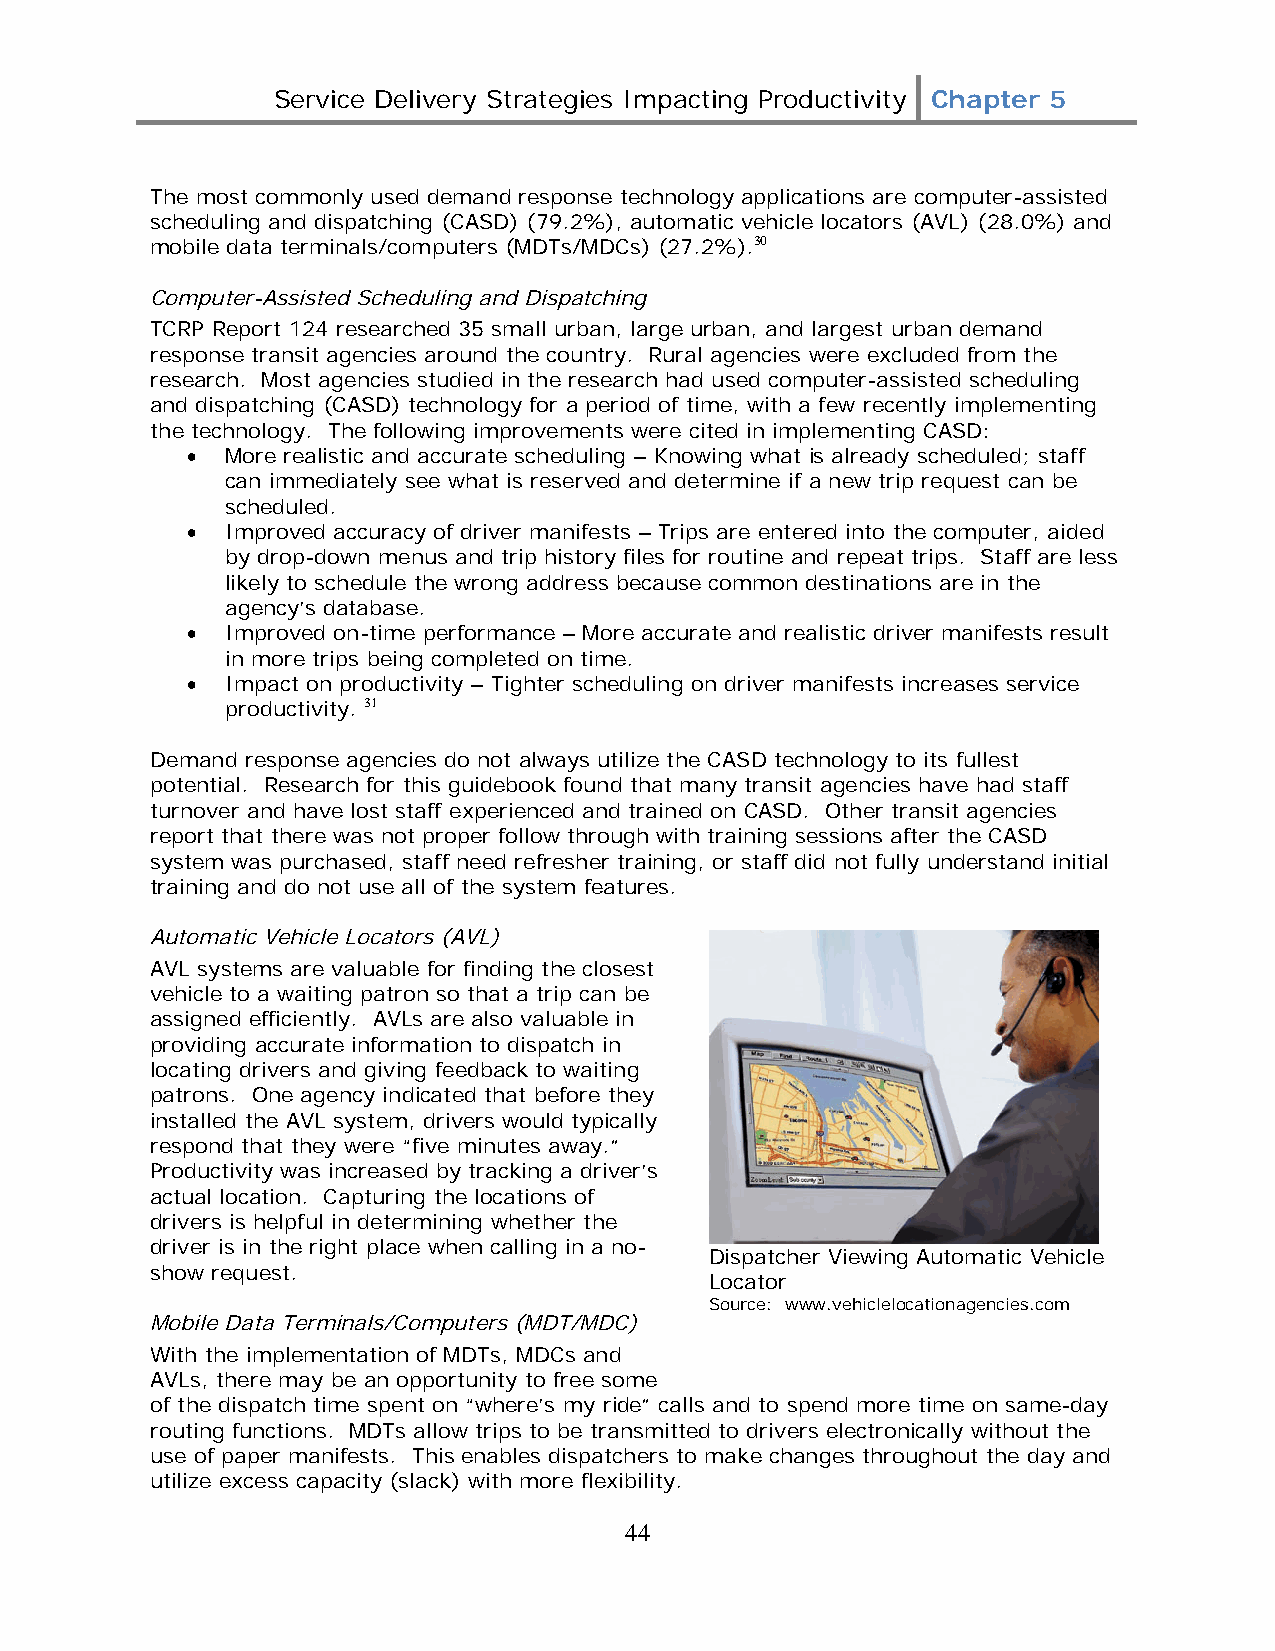
Service Delivery Strategies Impacting Productivity Chapter 5
 The most commonly used demand response technology applications are computer-assisted
 scheduling and dispatching (CASD) (79.2%), automatic vehicle locators (AVL) (28.0%) and
 mobile data terminals/computers (MDTs/MDCs) (27.2%).30
 Computer-Assisted Scheduling and Dispatching
 TCRP Report 124 researched 35 small urban, large urban, and largest urban demand
 response transit agencies around the country. Rural agencies were excluded from the
 research. Most agencies studied in the research had used computer-assisted scheduling
 and dispatching (CASD) technology for a period of time, with a few recently implementing
 the technology. The following improvements were cited in implementing CASD:
 •  More realistic and accurate scheduling – Knowing what is already scheduled; staff
 can immediately see what is reserved and determine if a new trip request can be
 scheduled.
 •  Improved accuracy of driver manifests – Trips are entered into the computer, aided
 by drop-down menus and trip history files for routine and repeat trips. Staff are less
 likely to schedule the wrong address because common destinations are in the
 agency’s database.
 •  Improved on-time performance – More accurate and realistic driver manifests result
 in more trips being completed on time.
 •  Impact on productivity – Tighter scheduling on driver manifests increases service
 productivity. 31
 Demand response agencies do not always utilize the CASD technology to its fullest
 potential. Research for this guidebook found that many transit agencies have had staff
 turnover and have lost staff experienced and trained on CASD. Other transit agencies
 report that there was not proper follow through with training sessions after the CASD
 system was purchased, staff need refresher training, or staff did not fully understand initial
 training and do not use all of the system features.
 Automatic Vehicle Locators (AVL)
 AVL systems are valuable for finding the closest
 vehicle to a waiting patron so that a trip can be
 assigned efficiently. AVLs are also valuable in
 providing accurate information to dispatch in
 locating drivers and giving feedback to waiting
 patrons. One agency indicated that before they
 installed the AVL system, drivers would typically
 respond that they were “five minutes away.”
 Productivity was increased by tracking a driver’s
 actual location. Capturing the locations of
 drivers is helpful in determining whether the
 driver is in the right place when calling in a no-
 Dispatcher Viewing Automatic Vehicle
 show request.
 Locator
 Source: www.vehiclelocationagencies.com
 Mobile Data Terminals/Computers (MDT/MDC)
 With the implementation of MDTs, MDCs and
 AVLs, there may be an opportunity to free some
 of the dispatch time spent on “where’s my ride” calls and to spend more time on same-day
 routing functions. MDTs allow trips to be transmitted to drivers electronically without the
 use of paper manifests. This enables dispatchers to make changes throughout the day and
 utilize excess capacity (slack) with more flexibility.
 44